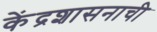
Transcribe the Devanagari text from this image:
केंद्रशासनाची